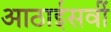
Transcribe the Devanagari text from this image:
आठाईसवीं